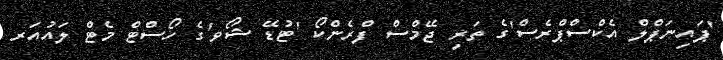
'ޕައިނަޕްލް އެކްސްޕްރެސް'ގެ ތަރި ޖޭމްސް ފްރެންކޯ 'ޓުޑޭ ޝޯވ'ގެ ހޯސްޓް މެޓް ލައުއަރ